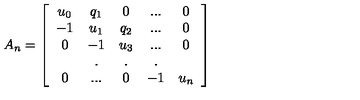
A _ { n } = \left[ \begin{array} { c c c c c } { u _ { 0 } } & { q _ { 1 } } & { 0 } & { . . . } & { 0 } \\ { - 1 } & { u _ { 1 } } & { q _ { 2 } } & { . . . } & { 0 } \\ { 0 } & { - 1 } & { u _ { 3 } } & { . . . } & { 0 } \\ { } & { . } & { . } & { . } & { } \\ { 0 } & { . . . } & { 0 } & { - 1 } & { u _ { n } } \\ \end{array} \right]